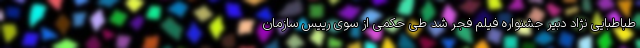
طباطبایی نژاد دبیر جشنواره فیلم فجر شد طی حکمی از سوی رییس سازمان